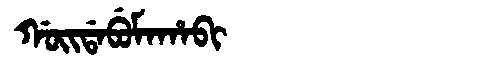
Manchu: ᡤᠣᡳᡩᠠᠪᡠᠮᠠᡥᠠᠪᡳ
Romanization: GOIDABUMAHABI